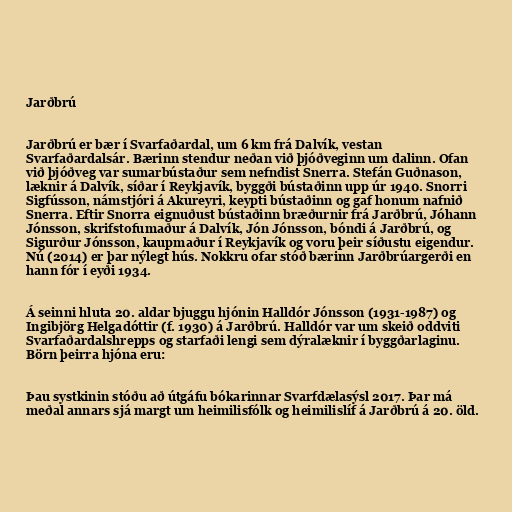
Jarðbrú

Jarðbrú er bær í Svarfaðardal, um 6 km frá Dalvík, vestan
Svarfaðardalsár. Bærinn stendur neðan við þjóðveginn um dalinn. Ofan
við þjóðveg var sumarbústaður sem nefndist Snerra. Stefán Guðnason,
læknir á Dalvík, síðar í Reykjavík, byggði bústaðinn upp úr 1940. Snorri
Sigfússon, námstjóri á Akureyri, keypti bústaðinn og gaf honum nafnið
Snerra. Eftir Snorra eignuðust bústaðinn bræðurnir frá Jarðbrú, Jóhann
Jónsson, skrifstofumaður á Dalvík, Jón Jónsson, bóndi á Jarðbrú, og
Sigurður Jónsson, kaupmaður í Reykjavík og voru þeir síðustu eigendur.
Nú (2014) er þar nýlegt hús. Nokkru ofar stóð bærinn Jarðbrúargerði en
hann fór í eyði 1934.

Á seinni hluta 20. aldar bjuggu hjónin Halldór Jónsson (1931-1987) og
Ingibjörg Helgadóttir (f. 1930) á Jarðbrú. Halldór var um skeið oddviti
Svarfaðardalshrepps og starfaði lengi sem dýralæknir í byggðarlaginu.
Börn þeirra hjóna eru:

Þau systkinin stóðu að útgáfu bókarinnar Svarfdælasýsl 2017. Þar má
meðal annars sjá margt um heimilisfólk og heimilislíf á Jarðbrú á 20. öld.